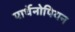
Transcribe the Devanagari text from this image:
पार्थेनोपियन